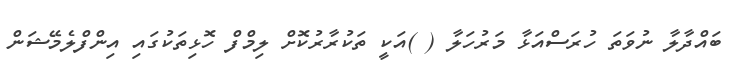
ބައްދާލާ ނުވަތަ ހުރަސްއަޅާ މަރުހަލާ ( )އަކީ ތަކުރާރުކޮށް ލިމްފް ހޮޅިތަކުގައި އިންފްލެމޭޝަން